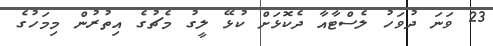
23 ވަނަ ދުވަހު ލެސްޓާއާ ދެކޮޅަށް ކުޅޭ ލީގު މެޗުގެ އިތުރުން މިމަހުގެ